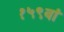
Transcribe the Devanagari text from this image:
१५९वां